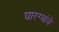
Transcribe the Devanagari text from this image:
घारग्यांचे